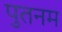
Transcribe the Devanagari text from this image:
पुतनम